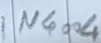
Text: IN4004